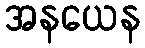
အနယေန